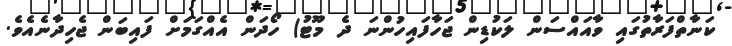
ކަނާތްފަރާތުގައި ވާއައްސަން ލަކުޑިން ޖަހާފައިހުންނަ ދެ މޫޓު) ހޯދަން އެއްގަމަށް ފައިބަން ޖެހިދާނެއެވެ.